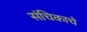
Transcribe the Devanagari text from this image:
संचिकाचे